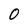
Character: 0